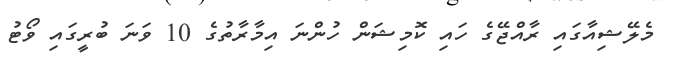
މެލޭޝިއާގައި ރާއްޖޭގެ ހައި ކޮމިޝަން ހުންނަ އިމާރާތުގެ 10 ވަނަ ބުރީގައި ވޯޓު